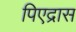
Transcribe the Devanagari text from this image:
पिएद्रास